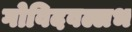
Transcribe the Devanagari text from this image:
गोविदवल्लभ